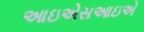
આઇએસઆઇએ